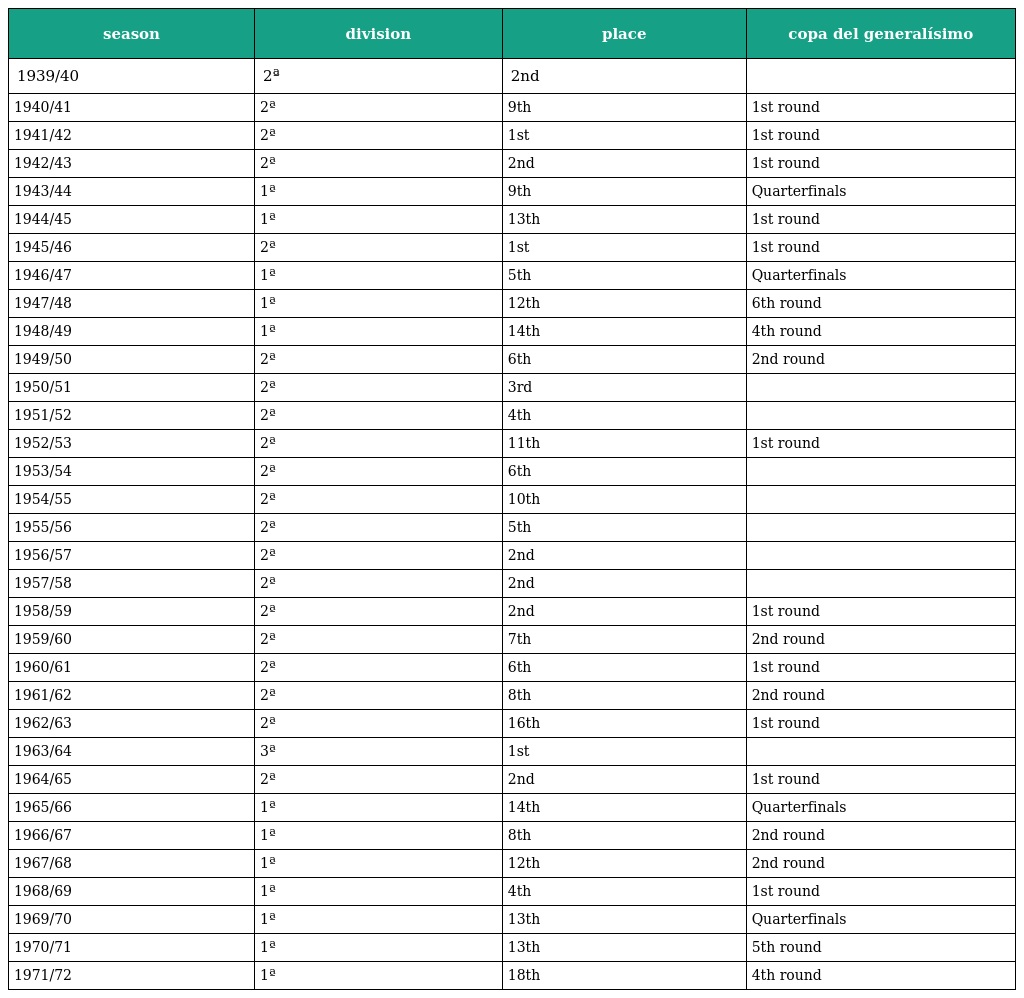
| season | division | place | copa del generalísimo |
 | --- | --- | --- | --- |
 | 1939/40 | 2ª | 2nd |  |
 | 1940/41 | 2ª | 9th | 1st round |
 | 1941/42 | 2ª | 1st | 1st round |
 | 1942/43 | 2ª | 2nd | 1st round |
 | 1943/44 | 1ª | 9th | Quarterfinals |
 | 1944/45 | 1ª | 13th | 1st round |
 | 1945/46 | 2ª | 1st | 1st round |
 | 1946/47 | 1ª | 5th | Quarterfinals |
 | 1947/48 | 1ª | 12th | 6th round |
 | 1948/49 | 1ª | 14th | 4th round |
 | 1949/50 | 2ª | 6th | 2nd round |
 | 1950/51 | 2ª | 3rd |  |
 | 1951/52 | 2ª | 4th |  |
 | 1952/53 | 2ª | 11th | 1st round |
 | 1953/54 | 2ª | 6th |  |
 | 1954/55 | 2ª | 10th |  |
 | 1955/56 | 2ª | 5th |  |
 | 1956/57 | 2ª | 2nd |  |
 | 1957/58 | 2ª | 2nd |  |
 | 1958/59 | 2ª | 2nd | 1st round |
 | 1959/60 | 2ª | 7th | 2nd round |
 | 1960/61 | 2ª | 6th | 1st round |
 | 1961/62 | 2ª | 8th | 2nd round |
 | 1962/63 | 2ª | 16th | 1st round |
 | 1963/64 | 3ª | 1st |  |
 | 1964/65 | 2ª | 2nd | 1st round |
 | 1965/66 | 1ª | 14th | Quarterfinals |
 | 1966/67 | 1ª | 8th | 2nd round |
 | 1967/68 | 1ª | 12th | 2nd round |
 | 1968/69 | 1ª | 4th | 1st round |
 | 1969/70 | 1ª | 13th | Quarterfinals |
 | 1970/71 | 1ª | 13th | 5th round |
 | 1971/72 | 1ª | 18th | 4th round |